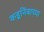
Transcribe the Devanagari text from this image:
कडूनिंबाच्या